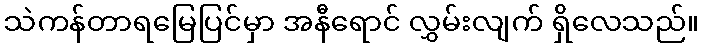
သဲကန်တာရမြေပြင်မှာ အနီရောင် လွှမ်းလျက် ရှိလေသည်။